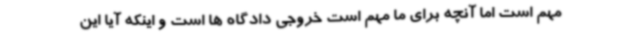
مهم است اما آنچه برای ما مهم است خروجی دادگاه ها است و اینکه آیا این